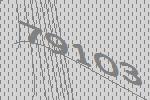
79103